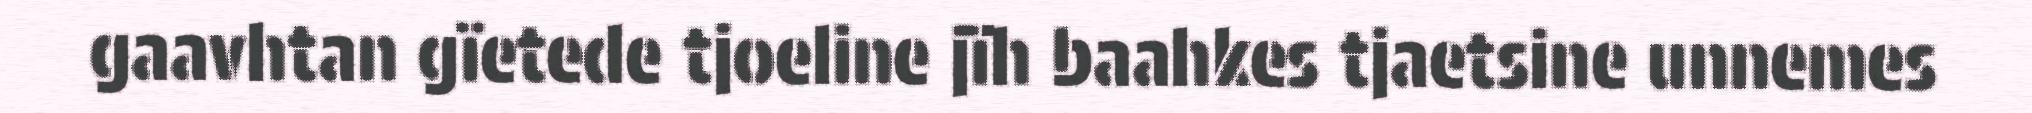
gaavhtan gïetede tjoeline jïh baahkes tjaetsine unnemes